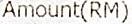
AMOUNT(RM)